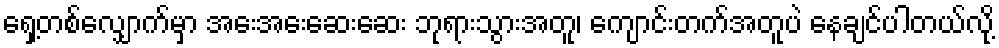
ရှေ့တစ်လျှောက်မှာ အေးအေးဆေးဆေး ဘုရားသွားအတူ၊ ကျောင်းတက်အတူပဲ နေချင်ပါတယ်လို့